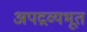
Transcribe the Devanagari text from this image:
अपद्रव्यभूत